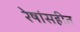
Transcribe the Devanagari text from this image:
रेषांसहीत